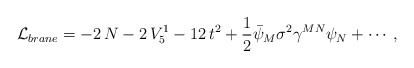
\begin{align*}\mathcal{L}_{brane}=-2\,N-2\,V_5^1-12\, t^2+\frac{1}{2}\bar\psi_M \sigma^2\gamma^{MN}\psi_N+\cdots\, ,\end{align*}